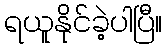
ရယူနိုင်ခဲ့ပါပြီ။